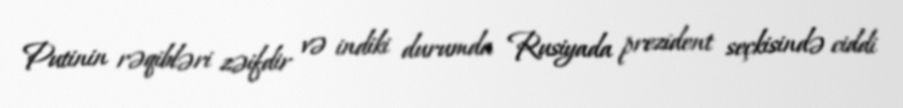
Putinin rəqibləri zəifdir və indiki durumda Rusiyada prezident seçkisində ciddi